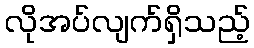
လိုအပ်လျက်ရှိသည့်